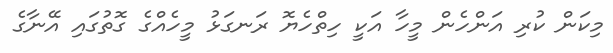
މިކަން ކުރި އަންހެން މީހާ އަކީ ހިތްހެޔޮ ރަނގަޅު މީހެއްގެ ގޮތުގައި އޭނާގެ